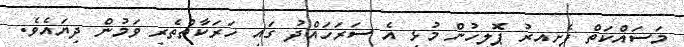
މަސައްކަތް ފެށިއިރު ޕޮލިހުން މުޅި އެ ސަރަހައްދު ގައި ހަރަކާތްތެރި ވަމުން ދިޔައެވެ.